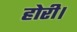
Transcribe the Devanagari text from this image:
होरी।